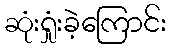
ဆုံးရှုံးခဲ့ကြောင်း